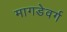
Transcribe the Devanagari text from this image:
मागडेवर्ग